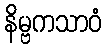
နိမ္ဗကသာဝံ